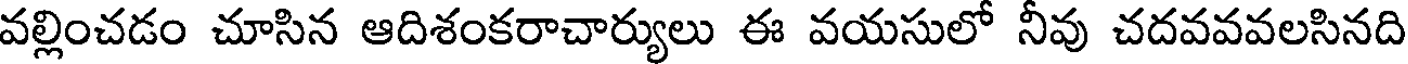
వల్లించడం చూసిన ఆదిశంకరాచార్యులు ఈ వయసులో నీవు చదవవవలసినది